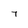
Character: 7